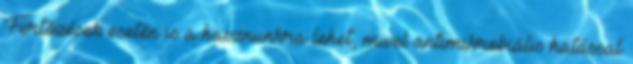
Fertőzések esetén is a hasznunkra lehet, mivel antimikrobiális hatással